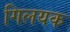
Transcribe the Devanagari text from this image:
गिलयक